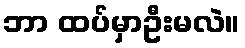
ဘာ ထပ်မှာဦးမလဲ။